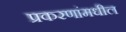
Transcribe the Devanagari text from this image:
प्रकरणांमधील